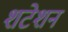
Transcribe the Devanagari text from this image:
शटेशन